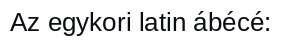
Az egykori latin ábécé: